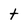
Character: t